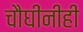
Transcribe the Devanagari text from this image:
चौघींनीही